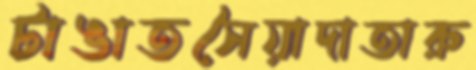
টাঙাতসৈয়াদাতারু